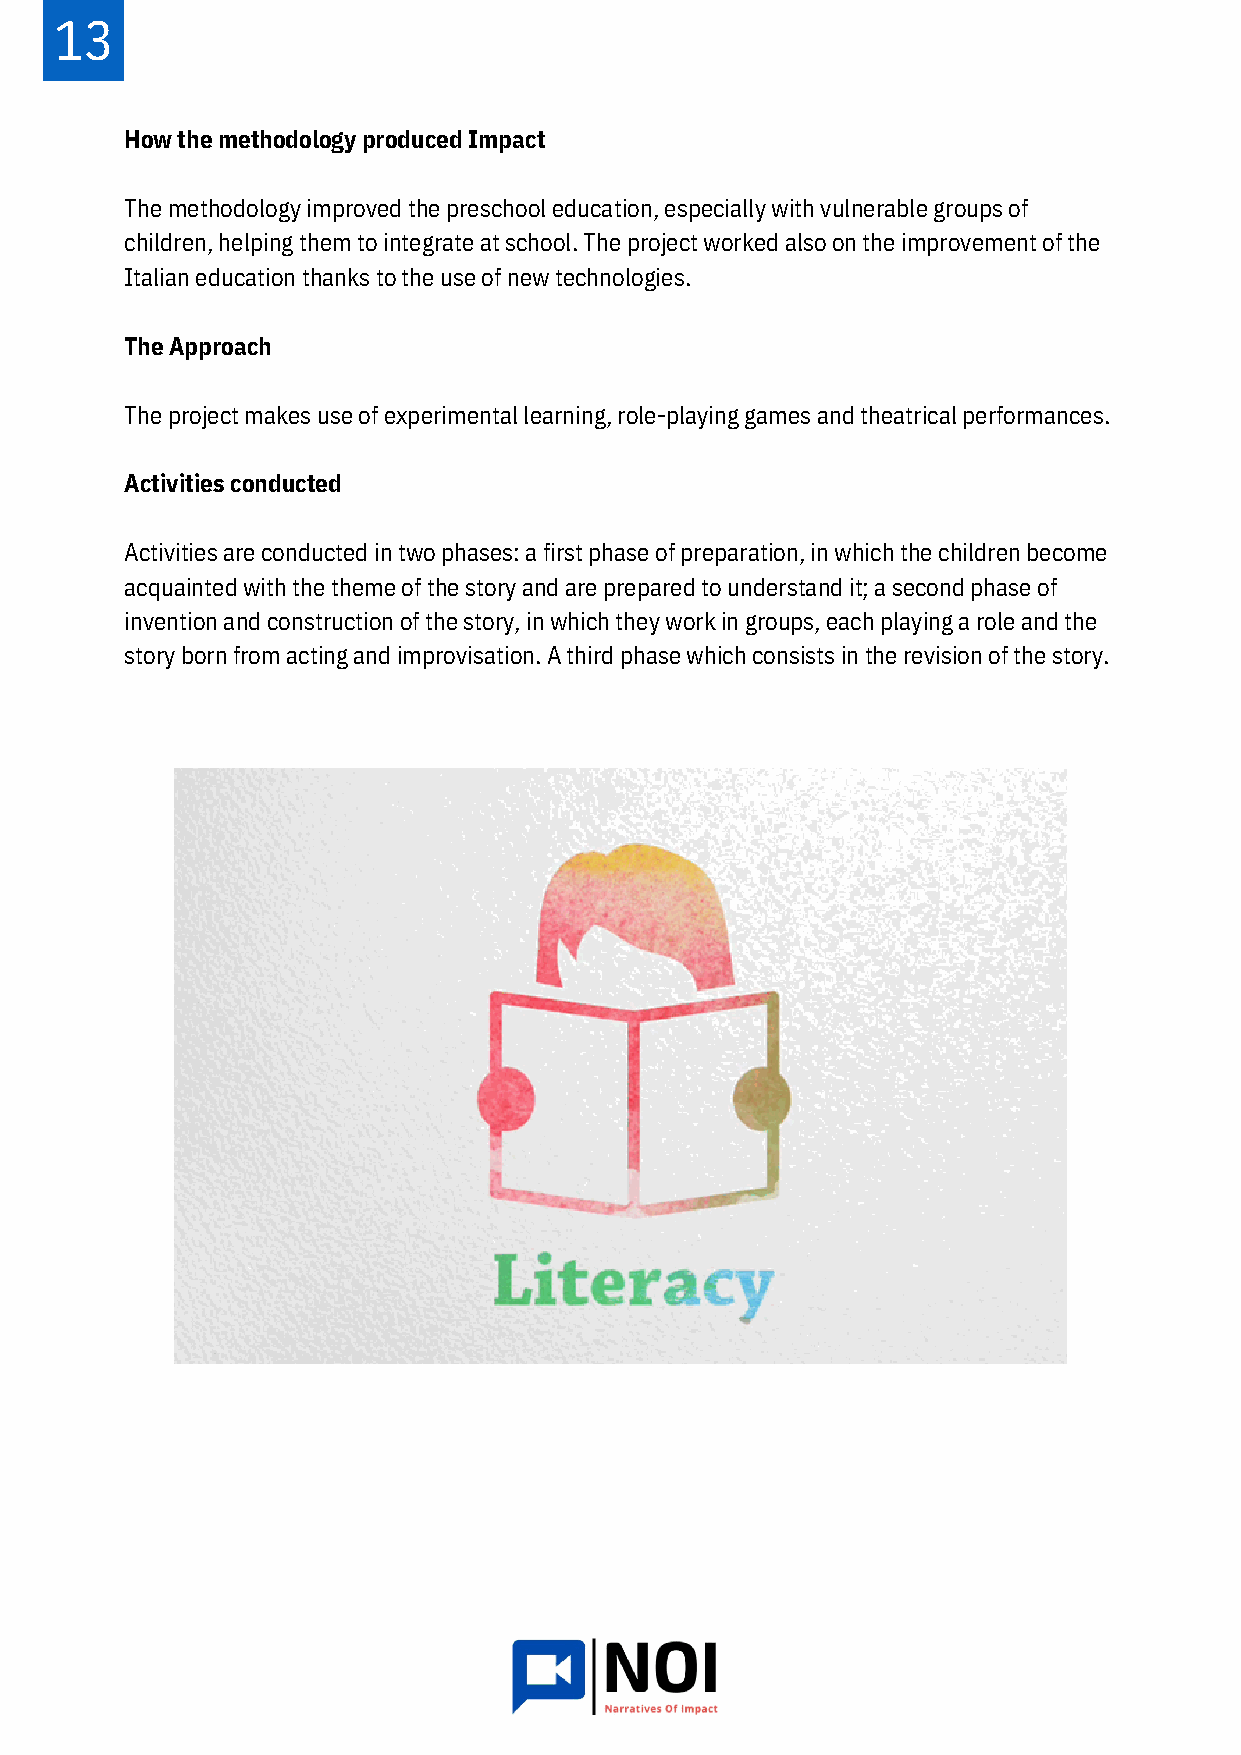
13
 How the methodology produced Impact
 The methodology improved the preschool education, especially with vulnerable groups of
 children, helping them to integrate at school. The project worked also on the improvement of the
 Italian education thanks to the use of new technologies.
 The Approach
 The project makes use of experimental learning, role-playing games and theatrical performances.
 Activities conducted
 Activities are conducted in two phases: a first phase of preparation, in which the children become
 acquainted with the theme of the story and are prepared to understand it; a second phase of
 invention and construction of the story, in which they work in groups, each playing a role and the
 story born from acting and improvisation. A third phase which consists in the revision of the story.